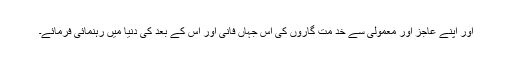
اور اپنے عاجز اور معمولی سے خد مت گاروں کی اس جہاں فانی اور اس کے بعد کی دنیا میں رہنمائی فرمائے۔